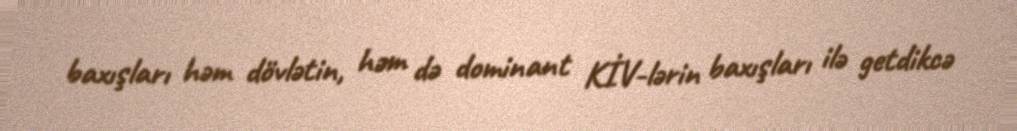
baxışları həm dövlətin, həm də dominant KİV-lərin baxışları ilə getdikcə